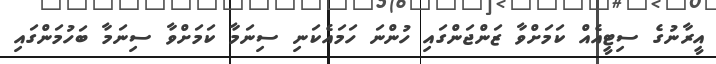
އީރާނުގެ ސިޓީއެއް ކަމަށްވާ ޒަންޖަންގައި ހުންނަ ހަމައެކަނި ސިނަމާ ކަމަށްވާ ސިނަމާ ބަހުމަންގައި